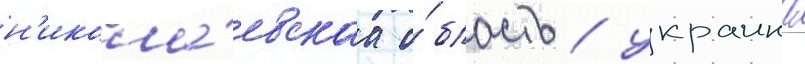
н'икола́евскаа о́бласть / украина